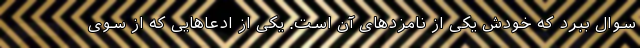
سوال ببرد که خودش یکی از نامزدهای آن است. یکی از ادعاهایی که از سوی